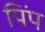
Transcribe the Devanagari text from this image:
पिंप